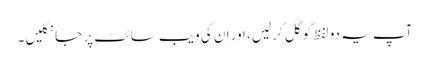
آپ یہ دو لفظ گوگل کر لیں، اور ان کی ویب سائٹ پر جا نکلیں۔